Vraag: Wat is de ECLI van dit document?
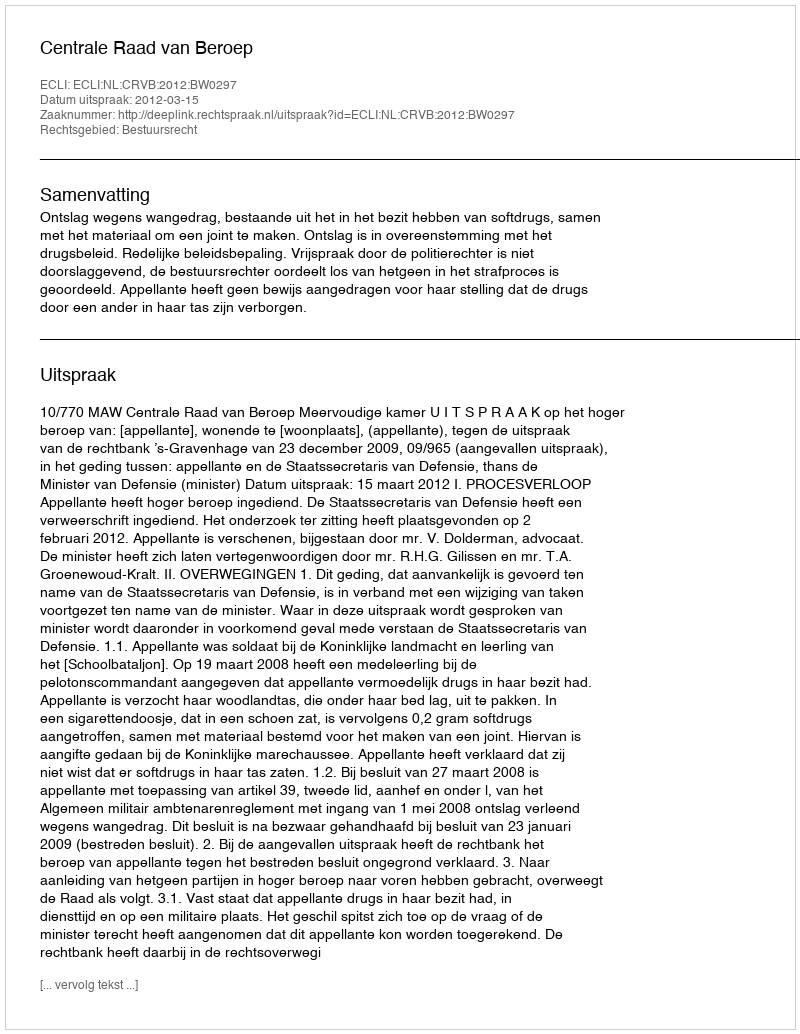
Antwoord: ECLI:NL:CRVB:2012:BW0297